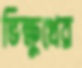
ভিক্ষুখের